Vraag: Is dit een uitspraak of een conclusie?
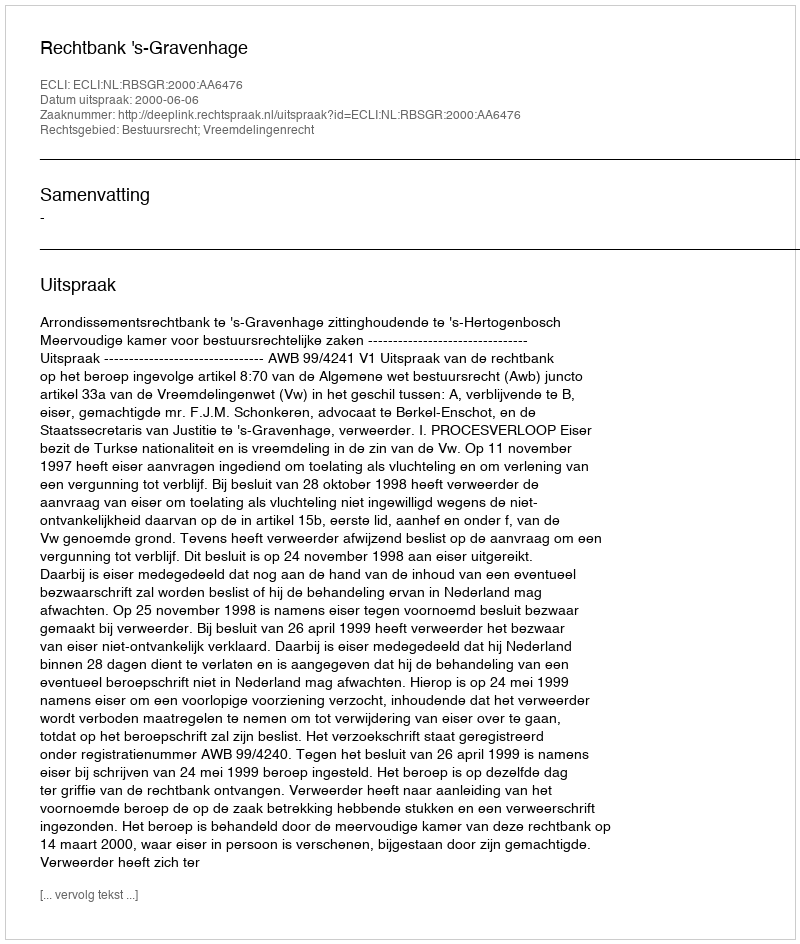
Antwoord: Uitspraak